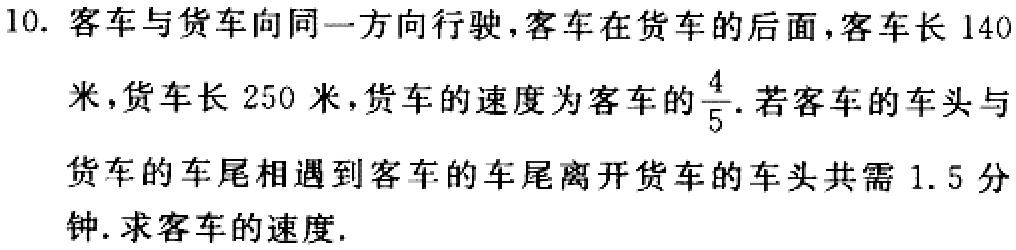
10. 客车与货车向同一方向行驶，客车在货车的后面，客车长 \(140\)米，货车长 \(250\)米，货车的速度为客车的\(\frac{4}{5}\). 若客车的车头与货车的车尾相遇到客车的车尾离开货车的车头共需 \(1.5\)分钟. 求客车的速度.